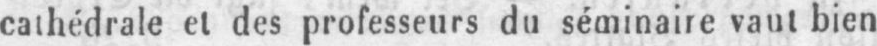
cathédrale et des professeurs du séminaire vaut bien